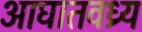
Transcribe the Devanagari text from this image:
आघातवध्र्य